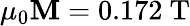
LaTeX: \mu_{0}\mathbf{M}=0.172~\mathrm{{T}}